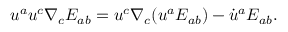
u ^ { a } u ^ { c } \nabla _ { c } E _ { a b } = u ^ { c } \nabla _ { c } ( u ^ { a } E _ { a b } ) - \dot { u } ^ { a } E _ { a b } .